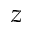
z